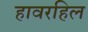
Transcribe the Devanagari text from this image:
हावरहिल